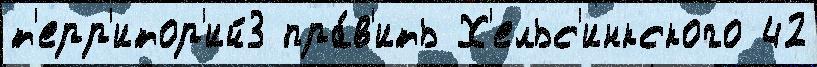
т'ерр'итор'ий3 пра́в'ить Х'ельс'инкского 42